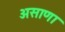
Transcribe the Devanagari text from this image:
असाणा